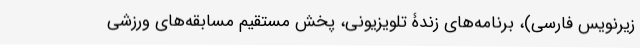
زیرنویس فارسی)، برنامه‌های زندۀ تلویزیونی، پخش مستقیم مسابقه‌های ورزشی